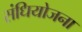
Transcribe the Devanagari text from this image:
संधियोजना